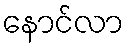
နောင်လာ